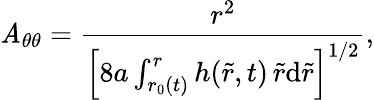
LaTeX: \mathit{A}_{\theta\theta}=\frac{{r^{2}}}{{\left[8a\int_{r_{0}(t)}^{r}h(\tilde{{r}},t)\, \tilde{{r}}\mathrm{{d}}\tilde{{r}}\right]^{1/2}}},